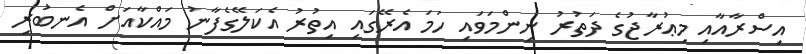
އިސްރާއާއި މިޢުރާޖުގެ ދަތުރު ނިންމަވައި ހަމަ އެރޭގައި އިތުރު އެކަލޭގެފާނު މައްކާއަށް އެނބުރި